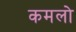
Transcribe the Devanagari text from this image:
कमलो